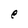
Character: e